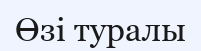
Өзі туралы